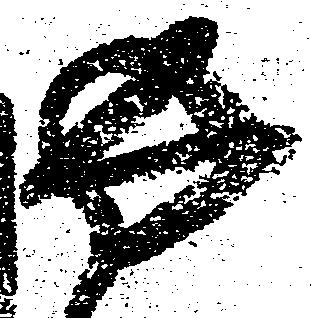
返